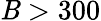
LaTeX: \mathit{B}>300